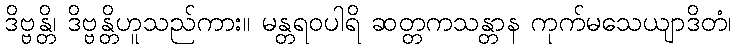
ဒိဗ္ဗန္တိ၊ ဒိဗ္ဗန္တိဟူသည်ကား။ မန္တရဝပါရိ ဆတ္တကသန္တာန ကုက်မသေယျာဒိတံ၊